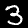
Label: 3